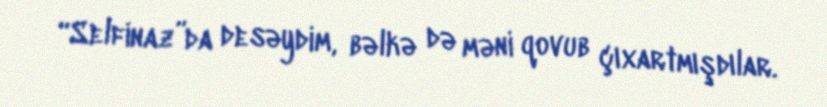
“Selfinaz”da desəydim, bəlkə də məni qovub çıxartmışdılar.